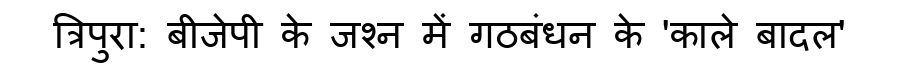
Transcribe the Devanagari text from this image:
त्रिपुरा: बीजेपी के जश्न में गठबंधन के 'काले बादल'